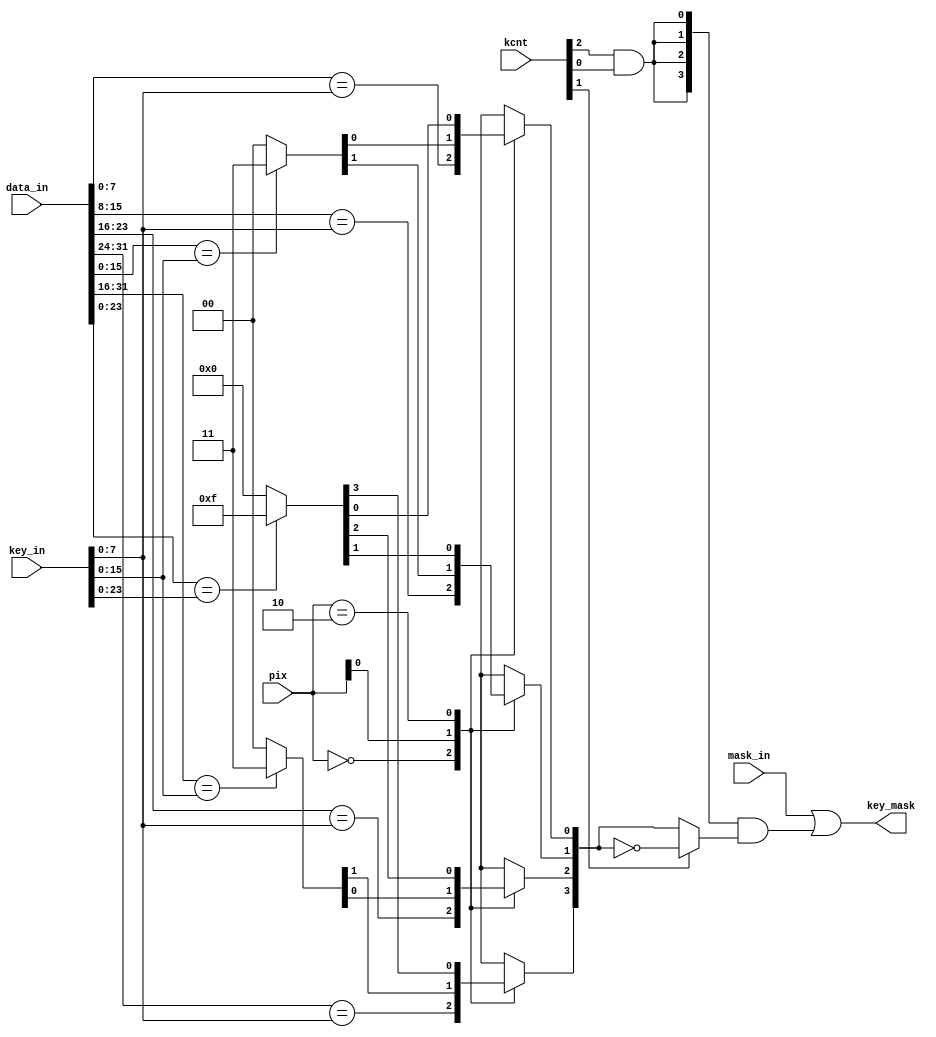
module mc_mff_key
  #(parameter BYTES = 4)
  (
   input [(BYTES*8)-1:0]     	data_in,
   input [31:0]     		key_in,
   input [1:0]      		pix,
   input [2:0]      		kcnt,
   input [BYTES-1:0]         	mask_in,
   
   output reg [BYTES-1:0] 	key_mask
   );

   reg [BYTES-1:0]	key_mask_tmp1;
   reg [BYTES-1:0]	key_mask_tmp2;

  // Color keying support logic.
  // This logic compares source or destination data (depending on key control)
  // to a key color, and masks the write if there is a match.
  // Interpertation of kcnt:
  // 0xx = no masking
  // 100 = source masking, mask keyed color
  // 101 = destination masking, mask keyed color
  // 110 = source masking, mask NOT keyed color
  // 111 = destination masking, mask NOT keyed color
  always @* begin
    // Each of the 16 bytes or 8 words or 4 longwords are compared according 
    // to pixel format
    casex(pix)
      2'b00: 
      begin
        key_mask_tmp1[0]   = (data_in[7:0]   == key_in[7:0]);
        key_mask_tmp1[1]   = (data_in[15:8]  == key_in[7:0]);
        key_mask_tmp1[2]   = (data_in[23:16] == key_in[7:0]);
        key_mask_tmp1[3]   = (data_in[31:24] == key_in[7:0]);
	if((BYTES == 16) || (BYTES == 8)) begin
        	key_mask_tmp1[4]   = (data_in[39:32] == key_in[7:0]);
        	key_mask_tmp1[5]   = (data_in[47:40] == key_in[7:0]);
        	key_mask_tmp1[6]   = (data_in[55:48] == key_in[7:0]);
        	key_mask_tmp1[7]   = (data_in[63:56] == key_in[7:0]);
	end
	if(BYTES == 16) begin
        	key_mask_tmp1[8]  = (data_in[71:64]   == key_in[7:0]);
        	key_mask_tmp1[9]  = (data_in[79:72]   == key_in[7:0]);
        	key_mask_tmp1[10] = (data_in[87:80]   == key_in[7:0]);
        	key_mask_tmp1[11] = (data_in[95:88]   == key_in[7:0]);
        	key_mask_tmp1[12] = (data_in[103:96]  == key_in[7:0]);
        	key_mask_tmp1[13] = (data_in[111:104] == key_in[7:0]);
        	key_mask_tmp1[14] = (data_in[119:112] == key_in[7:0]);
        	key_mask_tmp1[15] = (data_in[127:120] == key_in[7:0]);
	end
      end
      2'bx1: begin
        key_mask_tmp1[1:0] = (data_in[15:0]  == key_in[15:0]) ? 2'b11 : 2'b00;
        key_mask_tmp1[3:2] = (data_in[31:16] == key_in[15:0]) ? 2'b11 : 2'b00;
	if((BYTES == 16) || (BYTES == 8)) begin
        	key_mask_tmp1[5:4] = (data_in[47:32] == key_in[15:0]) ? 2'b11 : 2'b00;
        	key_mask_tmp1[7:6] = (data_in[63:48] == key_in[15:0]) ? 2'b11 : 2'b00;
	end
	if(BYTES == 16) begin
        	key_mask_tmp1[9:8]   = (data_in[79:64]   == key_in[15:0]) ? 2'b11 : 2'b00;
        	key_mask_tmp1[11:10] = (data_in[95:80]   == key_in[15:0]) ? 2'b11 : 2'b00;
        	key_mask_tmp1[13:12] = (data_in[111:96]  == key_in[15:0]) ? 2'b11 : 2'b00;
        	key_mask_tmp1[15:14] = (data_in[127:112] == key_in[15:0]) ? 2'b11 : 2'b00;
	end
      end
      2'b10: begin
        key_mask_tmp1[3:0] = (data_in[23:0]  == key_in[23:0]) ? 4'b1111 : 4'b0000;
	if((BYTES == 16) || (BYTES == 8)) begin
        	key_mask_tmp1[7:4] = (data_in[55:32]  == key_in[23:0]) ? 4'b1111 : 4'b0000;
	end
	if(BYTES == 16) begin
        	key_mask_tmp1[11:8] = (data_in[87:64]  == key_in[23:0]) ? 4'b1111 : 4'b0000;
        	key_mask_tmp1[15:12] = (data_in[119:96] == key_in[23:0]) ? 4'b1111 : 4'b0000;
	end
      end
      default: begin
        key_mask_tmp1[3:0] = 4'b0000;
	if((BYTES == 16) || (BYTES == 8)) key_mask_tmp1[7:4] = 4'b0000;
	if(BYTES == 16) key_mask_tmp1[15:8] = 8'b00000000;
      end
    endcase // casex(pix)

    // The final mask is inverted if necessary, depending on key control
    key_mask_tmp2 = !kcnt[1] ? key_mask_tmp1 : ~key_mask_tmp1;

    // The mask is ignored and set to zero if 2d color keying is disabled
   key_mask[3:0]  = mask_in[3:0] | {4{(kcnt[2] & kcnt[0])}} & key_mask_tmp2[3:0];
   if((BYTES == 16) || (BYTES == 8)) key_mask[7:4] = mask_in[7:4] | {4{(kcnt[2] & kcnt[0])}} & key_mask_tmp2[7:4];
   if(BYTES == 16) key_mask[15:8] = mask_in[15:8] | {8{(kcnt[2] & kcnt[0])}} & key_mask_tmp2[15:8];

  end // always @ *
endmodule